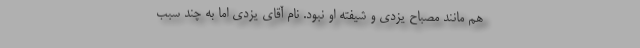
هم مانند مصباح یزدی و شیفته او نبود. نام آقای یزدی اما به چند سبب